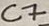
Text: C7